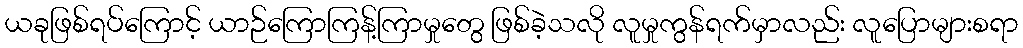
ယခုဖြစ်ရပ်ကြောင့် ယာဉ်ကြောကြန့်ကြာမှုတွေ ဖြစ်ခဲ့သလို လူမှုကွန်ရက်မှာလည်း လူပြောများစရာ